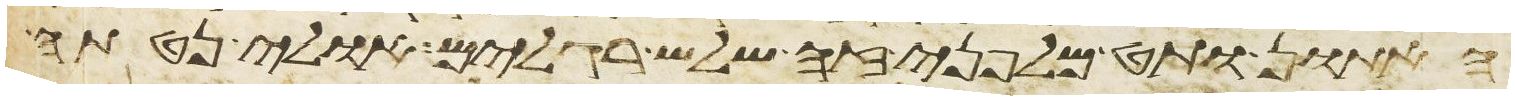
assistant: האתון ותט מלפני זה שלש רגלים אולי נטתה